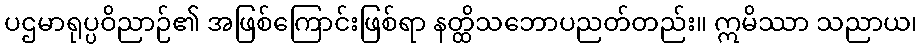
ပဌမာရုပ္ပဝိညာဉ်၏ အဖြစ်ကြောင်းဖြစ်ရာ နတ္ထိသဘောပညတ်တည်း။ ဣမိဿာ သညာယ၊